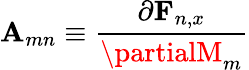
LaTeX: \mathbf{A}_{mn}\equiv\frac{{\partial\mathbf{{F}}_{n,x}}}{{\partialM_{m}}}